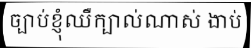
ច្បាប់ខ្ញុំឈឺក្បាល់ណាស់ ងាប់